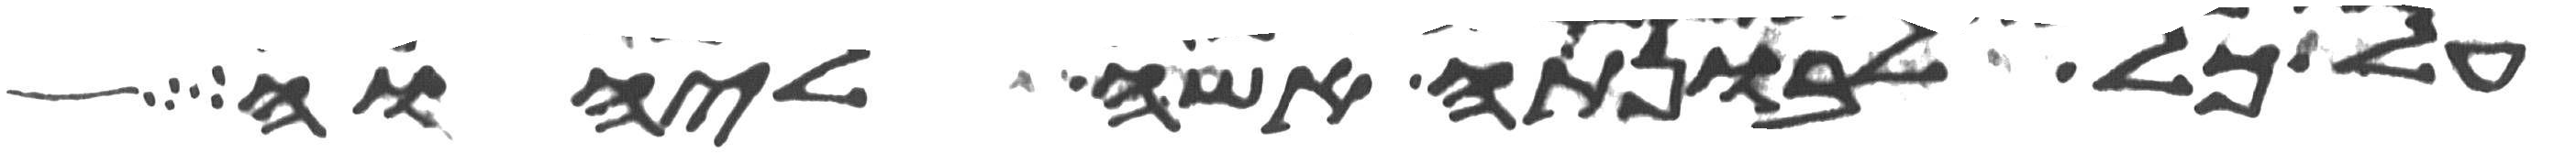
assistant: על כל לבונתה אשה ליהוה